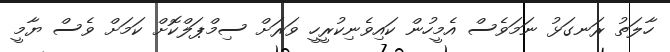
ހާލަތު ރަނގަޅު ނަމަވެސް އެމީހުން ކައިވެނިކުރީހީ ވަރަށް ސިމްޕަލްކޮށް ކަމަށް ވެސް ޔާމީ